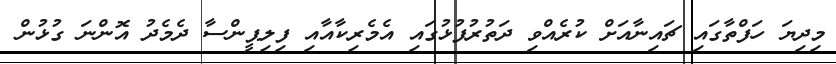
މިދިޔަ ހަފްތާގައި ޗައިނާއަށް ކުރެއްވި ދަތުރުފުޅުގައި އެމެރިކާއާއި ފިލިޕީންސާ ދެމެދު އޮންނަ ގުޅުން